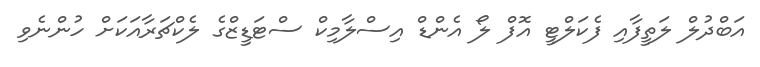
އަބްދުލް ލަތީފާއި ފެކަލްޓީ އޮފް ލޯ އެންޑް އިސްލާމިކް ސްޓަޑީޒްގެ ލެކްޗަރާއަކަށް ހުންނެވި